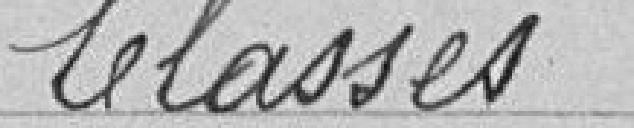
Classes